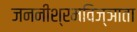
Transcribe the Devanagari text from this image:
जननीश्रमविज्ञाता